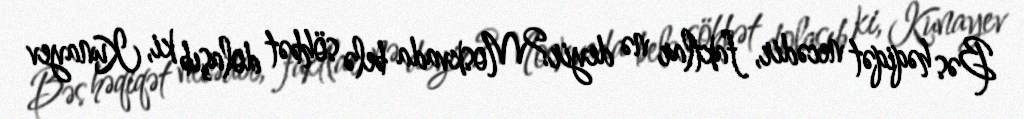
Bəs həqiqət necədir, faktlar nə deyir?Moskvada belə söhbət dolaşıb ki, Kunayev